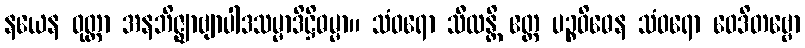
နယေန ဝုတ္တာ အနဘိဇ္ဈာဗျာပါဒသမ္မာဒိဋ္ဌိဓမ္မာ။ သံဝရော သီလန္တိ ဧတ္ထ ပဉ္စဝိဓေန သံဝရော ဝေဒိတဗ္ဗော